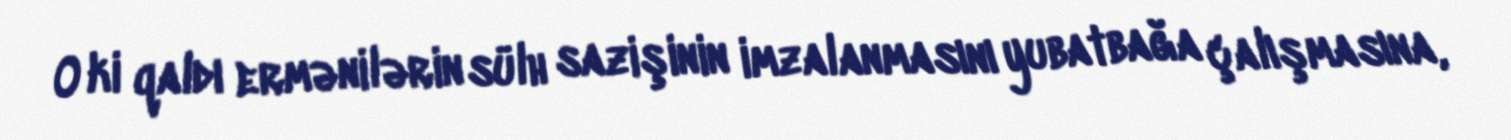
O ki qaldı ermənilərin sülh sazişinin imzalanmasını yubatbağa çalışmasına,